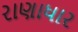
રાણાધાર